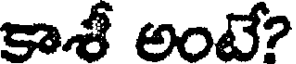
కాశీ అంటే?